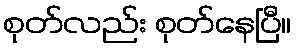
စုတ်လည်း စုတ်နေပြီ။